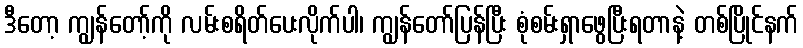
ဒီတော့ ကျွန်တော့်ကို လမ်းစရိတ်ပေးလိုက်ပါ၊ ကျွန်တော်ပြန်ပြီး စုံစမ်းရှာဖွေပြီးရတာနဲ့ တစ်ပြိုင်နက်